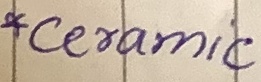
Text: *Ceramic